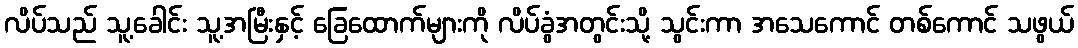
လိပ်သည် သူ့ခေါင်း သူ့အမြီးနှင့် ခြေထောက်များကို လိပ်ခွံအတွင်းသို့ သွင်းကာ အသေကောင် တစ်ကောင် သဖွယ်